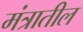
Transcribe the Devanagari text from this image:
मंत्रातील